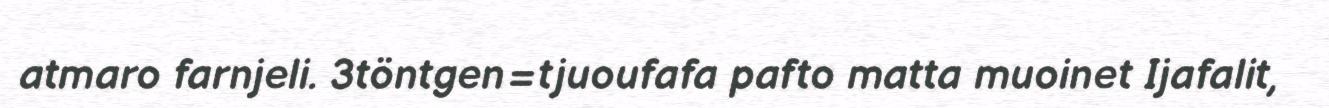
atmaro farnjeli. 3töntgen=tjuoufafa pafto matta muoinet Ijafalit,